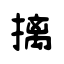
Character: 摛